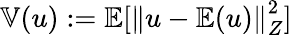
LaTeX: \mathbb{V}(u):=\mathbb{E}[\left\Vert u-\mathbb{E}(u)\right\Vert_{Z}^{2}]